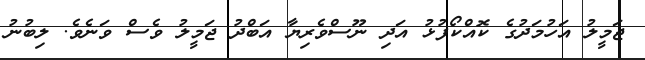
ޖަމީލު އަހުމަދުގެ ކޮއްކޯފުޅު އަދި ނޫސްވެރިޔާ އަބްދު ޖަމީލު ވެސް ވަނެވެ. ލިބުނު